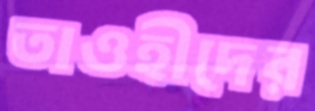
তাওহীদের